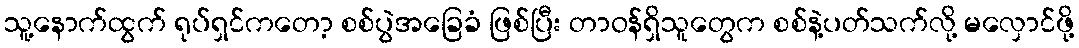
သူ့နောက်ထွက် ရုပ်ရှင်ကတော့ စစ်ပွဲအခြေခံ ဖြစ်ပြီး တာဝန်ရှိသူတွေက စစ်နဲ့ပတ်သက်လို့ မလှောင်ဖို့